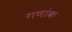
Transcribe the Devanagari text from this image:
गणांक